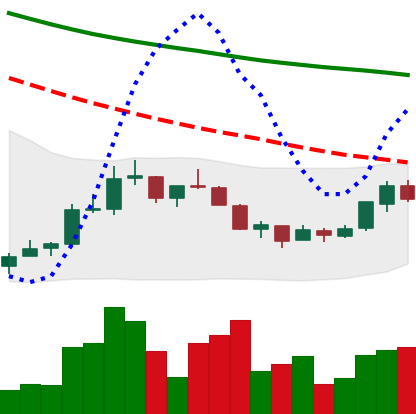
Ticker: NEO-USD
Chart end date: 2018-07-18
Forward return: -14.405%
Label: down_7plus